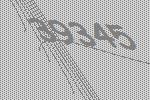
39345